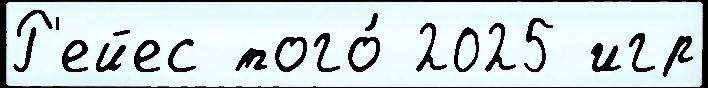
Р'ейес того́ 2025 игр